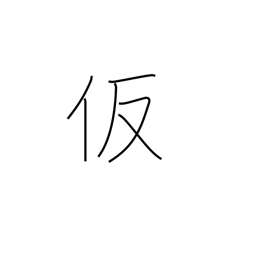
Meaning: assumed (name)